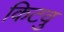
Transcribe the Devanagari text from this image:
किटवु